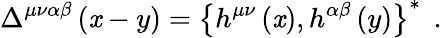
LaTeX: \Delta^{\mu\nu\alpha\beta}\left(\mathit{x}-y\right)=\left\{ h^{\mu\nu}\left(\mathit{x}\right),h^{\alpha\beta}\left(y\right)\right\} ^{*}\; \, .